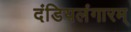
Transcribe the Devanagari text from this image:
दंडियलंगारम्